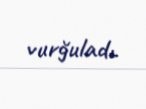
vurğuladı.